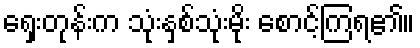
ရှေးတုန်းက သုံးနှစ်သုံးမိုး စောင့်ကြရ၏။